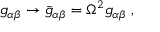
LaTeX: g _ { \alpha \beta } \rightarrow \bar { g } _ { \alpha \beta } = \Omega ^ { 2 } g _ { \alpha \beta } ~ ,